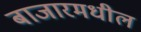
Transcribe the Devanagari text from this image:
बाजारमधील